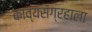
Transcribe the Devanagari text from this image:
काव्यसंग्रहाला